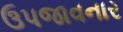
ઉપજાવનાર